Report of the Indian Hemp Drugs Commission, 1894-1895 - Volume VII
Year: 1894
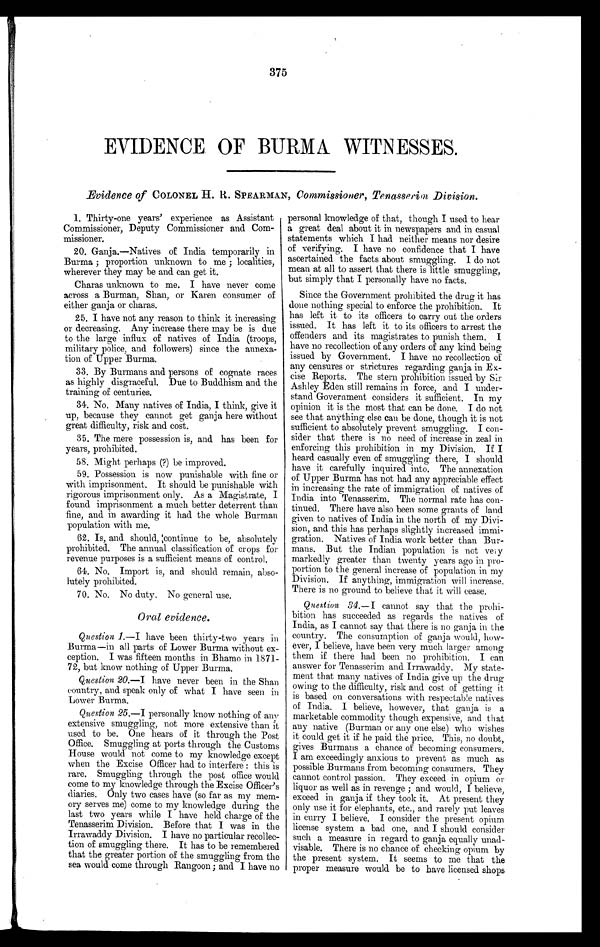
375
EVIDENCE OF BURMA WITNESSES.
Evidence of COLONEL H. R. SPEARMAN, Commissioner, Tenasserin Division.
1. Thirty-one years' experience as Assistant
Commissioner, Deputy Commissioner and Com-
missioner.
20. Ganja.—Natives of India temporarily in
Burma ; proportion unknown to me ; localities,
wherever they may be and can get it.
Charas unknown to me. I have never come
across a Burman, Shan, or Karen consumer of
either ganja or charas.
25. I have not any reason to think it increasing
or decreasing. Any increase there may be is due
to the large influx of natives of India (troops,
military police, and followers) since the annexa-
tion of Upper Burma.
33. By Burmans and persons of cognate races
as highly disgraceful. Due to Buddhism and the
training of centuries.
34. No. Many natives of India, I think, give it
up, because they cannot get ganja here without
great difficulty, risk and cost.
35. The mere possession is, and has been for
years, prohibited.
58. Might perhaps (?) be improved.
59. Possession is now punishable with fine or
with imprisonment. It should be punishable with
rigorous imprisonment only. As a Magistrate, I
found imprisonment a much better deterrent than
fine, and in awarding it had the whole Burman
population with me.
62. Is, and should, continue to be, absolutely
prohibited. The annual classification of crops for
revenue purposes is a sufficient means of control.
64. No. Import is, and should remain, abso-
lutely prohibited.
70. No. No duty. No general use.
Oral evidence.
Question 1.-I have been thirty-two years in
Burma—in all parts of Lower Burma without ex-
ception. I was fifteen months in Bhamo in 1871-
72, but know nothing of Upper Burma.
Question 20.—I have never been in the Shan
country, and speak only of what I have seen in
Lower Burma.
Question 25.—I personally know nothing of any
extensive smuggling, not more extensive than it
used. to be. One hears of it through the Post
Office. Smuggling at ports through the Customs
House would not come to my knowledge except
when the Excise Officer had to interfere : this is
rare. Smuggling through the post office would
come to my knowledge through the Excise Officer's
diaries. Only two cases have (so far as my mem-
ory serves me) come to my knowledge during the
last two years while I have held charge of the
Tenasserim Division. Before that I was in the
Irrawaddy Division. I have no particular recollec-
tion of smuggling there. It has to be remembered
that the greater portion of the smuggling from the
sea would come through Rangoon; and I have no
personal knowledge of that, though I used to hear
a great deal about it in newspapers and in casual
statements which I had neither means nor desire
of verifying. I have no confidence that I have
ascertained the facts about smuggling. I do not
mean at all to assert that there is little smuggling,
but simply that I personally have no facts.
Since the Government prohibited the drug it has
done nothing special to enforce the prohibition. It
has left it to its officers to carry out the orders
issued. It has left it to its officers to arrest the
offenders and its magistrates to punish them. I
have no recollection of any orders of any kind being
issued by Government. I have no recollection of
any censures or strictures regarding ganja in Ex-
cise Reports. The stern prohibition issued by Sir
Ashley Eden still remains in force, and I under-
stand Government considers it sufficient. In my
opinion it is the most that can be done. I do not
see that anything else can be done, though it is not
sufficient to absolutely prevent smuggling. I con-
sider that there is no need of increase in zeal in
enforcing this prohibition in my Division. If I
heard casually even of smuggling there, I should
have it carefully inquired into. The annexation
of Upper Burma has not had any appreciable effect
in increasing the rate of immigration of natives of
India into Tenasserim. The normal rate has con-
tinued. There have also been some grants of land
given to natives of India in the north of my Divi-
sion, and this has perhaps slightly increased immi-
graton. Natives of India work better than Bur-
mans. But the Indian population is not ver y
markedly greater than twenty years ago in pro-
portion to the general increase of population in my
Division. If anything, immigration will increase.
There is no ground to believe that it will cease.
Question 34.— I cannot say that the prohi-
bition has succeeded as regards the natives of
India, as I cannot say that there is no ganja in the
country. The consumption of ganja would, how-
ever, I believe, have been very much larger among
them if there had been no prohibition. I can
answer for Tenasserim and Irrawaddy. My state-
ment that many natives of India give up the drug
owing to the difficulty, risk and cost of getting it
is based on conversations with respectable natives
of India. I believe, however, that ganja is a
marketable commodity though expensive, and that
any native (Burman or any one else) who wishes
it could get it if he paid the price. This, no doubt,
gives Burmans a chance of becoming consumers.
I am exceedingly anxious to prevent as much as
possible Burmans from becoming consumers. They
cannot control passion. They exceed in opium or
liquor as well as in revenge ; and would, I believe,
exceed in ganja if they took it. At present they
only use it for elephants, etc., and rarely put leaves
in curry I believe. I consider the present opium
license system a bad one, and I should consider
such a measure in regard to ganja equally inad-
visable. There is no chance of checking opium by
the present system. It seems to me that the
proper measure would be to have licensed shops